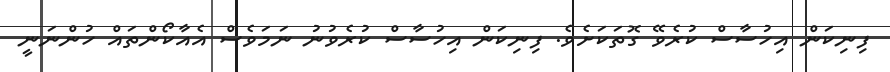
ފިނިކަން އިހުސާސް ކުރެވޭ ގޮތަކަށެވެ. ފިނިކަން އިހުސާސް ކުރެވުނު ނަމަވެސް އެއާކޯންތައް ހުންނަނީ